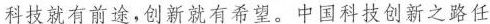
科技就有前途，创新就有希望。中国科技创新之路任